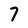
Character: 7